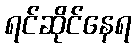
ရင်ဆိုင်နေရ